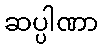
ဆပ္ပါဏာ